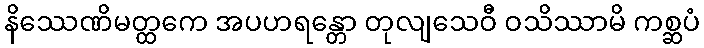
နိဿေဏိမတ္ထကေ အပဟရန္တော တုလျသေဝီ ဝသိဿာမိ ကစ္ဆပံ